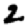
Digit: 2